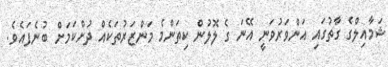
ޝަމާއިލްގެ ގާތުގައި އަންވަރުވަނީ އޭނަ ގެ ލޮލުން ކިތަންމެ މަންޒަރުތަކެއް ދުށްކަމަށް ބުނެފައެވެ.